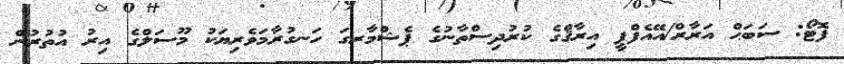
ފޮޓޯ: ސަބަޙް އަރާރް/އޭއެފްޕީ އިރާޤްގެ ކުރުދިސްތާނުގެ ޕެޝްމާރގަ ހަނގުރާމަވެރިޔަކު މޫސަލްގެ އިރު އުތުރުން